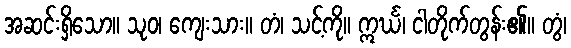
အဆင်းရှိသော။ သုဝ၊ ကျေးသား။ တံ၊ သင့်ကို။ ဣင်္ဃ၊ ငါတိုက်တွန်း၏။ တွံ၊